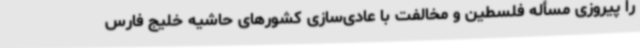
را پیروزی مسأله فلسطین و مخالفت با عادی‌سازی کشورهای حاشیه خلیج فارس